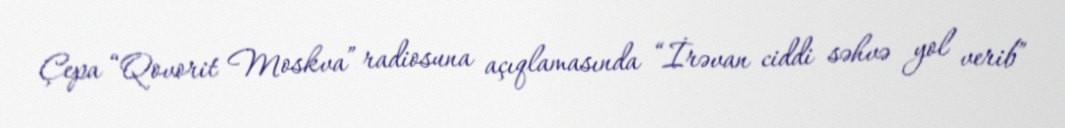
Çepa “Qovorit Moskva” radiosuna açıqlamasında “İrəvan ciddi səhvə yol verib”